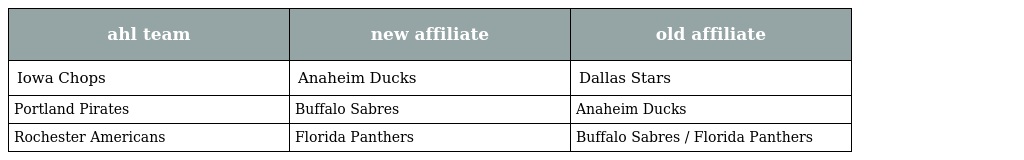
| ahl team | new affiliate | old affiliate |
 | --- | --- | --- |
 | Iowa Chops | Anaheim Ducks | Dallas Stars |
 | Portland Pirates | Buffalo Sabres | Anaheim Ducks |
 | Rochester Americans | Florida Panthers | Buffalo Sabres / Florida Panthers |